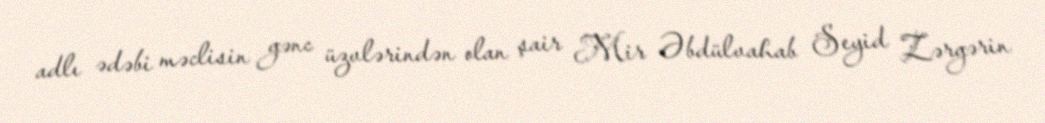
adlı ədəbi məclisin gənc üzvlərindən olan şair Mir Əbdülvahab Seyid Zərgərin